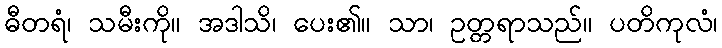
ဓီတရံ၊ သမီးကို။ အဒါသိ၊ ပေး၏။ သာ၊ ဥတ္တရာသည်။ ပတိကုလံ၊